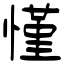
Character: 慬